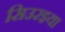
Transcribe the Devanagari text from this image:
सिउरइया